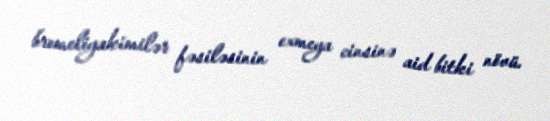
bromeliyakimilər fəsiləsinin exmeya cinsinə aid bitki növü.